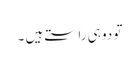
تو دو ہی راستے ہیں ۔